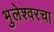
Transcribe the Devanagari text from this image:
भुलेश्वरचा